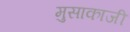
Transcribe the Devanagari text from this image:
मुसाकाजी